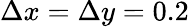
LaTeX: \Delta x=\Delta y=0.2